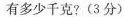
有多少千克?(3分)